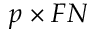
p \times F N